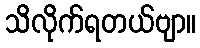
သိလိုက်ရတယ်ဗျာ။